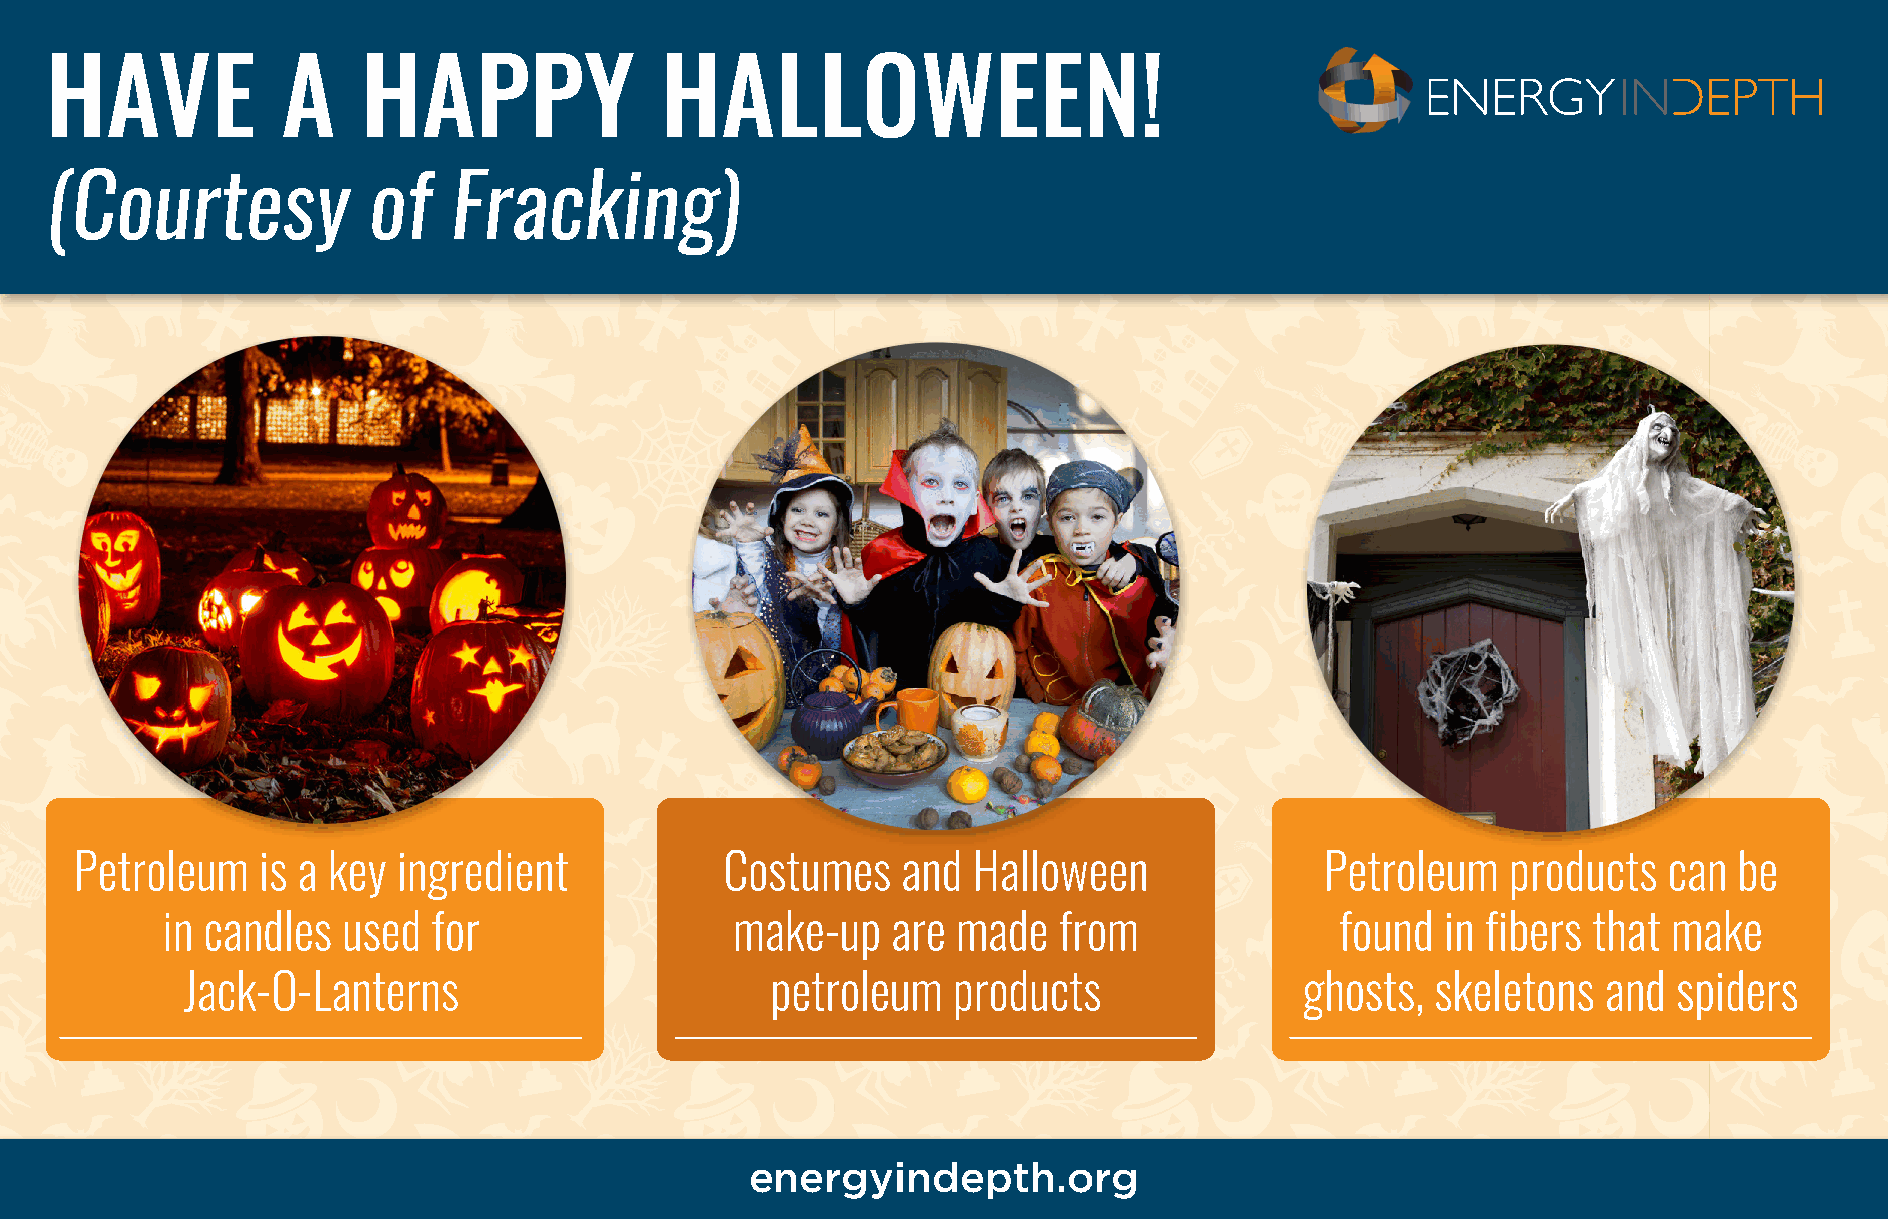
HAVE            A    HAPPY               HALLOWEEN!
 (Courtesy            of    Fracking)
 Petroleum   is a key ingredient            Costumes    and Halloween               Petroleum   products  can  be
 in candles  used  for                 make-up   are made   from               found  in fibers that make
 Jack-O-Lanterns                        petroleum   products               ghosts,  skeletons  and  spiders
 energyindepth.org